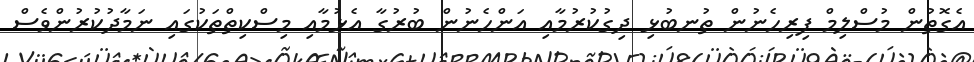
އެގޮތުން މުސްލިމް ފިރިހެނުން ތުނބުޅި ދިގުކުރުމާއި އަންހެނުން ބުރުގާ އެޅުމާއި މިސްކިތްތަކުގައި ނަމާދުކުރުންވެސް